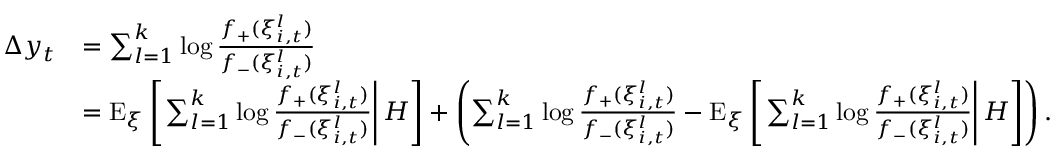
\begin{array} { r l } { \Delta y _ { t } } & { = \sum _ { l = 1 } ^ { k } \log \frac { f _ { + } ( \xi _ { i , t } ^ { l } ) } { f _ { - } ( \xi _ { i , t } ^ { l } ) } } \\ & { = \mathrm { E } _ { \xi } \left[ \left. \sum _ { l = 1 } ^ { k } \log \frac { f _ { + } ( \xi _ { i , t } ^ { l } ) } { f _ { - } ( \xi _ { i , t } ^ { l } ) } \right| H \right] + \left( \sum _ { l = 1 } ^ { k } \log \frac { f _ { + } ( \xi _ { i , t } ^ { l } ) } { f _ { - } ( \xi _ { i , t } ^ { l } ) } - \mathrm { E } _ { \xi } \left[ \left. \sum _ { l = 1 } ^ { k } \log \frac { f _ { + } ( \xi _ { i , t } ^ { l } ) } { f _ { - } ( \xi _ { i , t } ^ { l } ) } \right| H \right] \right) . } \end{array}